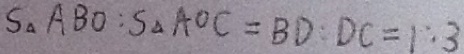
S _ { \Delta } A B O : S _ { \Delta } A O C = B D : D C = 1 : 3